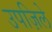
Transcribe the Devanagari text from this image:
उपज़िले